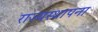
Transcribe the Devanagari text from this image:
राज्यस्थापना